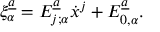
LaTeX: \xi _ { \alpha } ^ { \underline { { { a } } } } = E _ { j ; \alpha } ^ { \underline { { { a } } } } \dot { x } ^ { j } + E _ { 0 , \alpha } ^ { \underline { { { a } } } } .